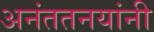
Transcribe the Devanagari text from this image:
अनंततनयांनी